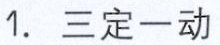
1. 三定一动